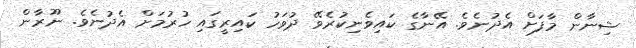
ޝިނާން މާފަށް އެދުނެވެ. އޭނާގެ ކައިވެނިކުރެވޭ ދުވަހު ކައިރީގައި ހުރުމަށް އެދުނެވެ. ނޫރާން